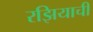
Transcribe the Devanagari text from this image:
रझियाची